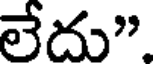
లేదు".